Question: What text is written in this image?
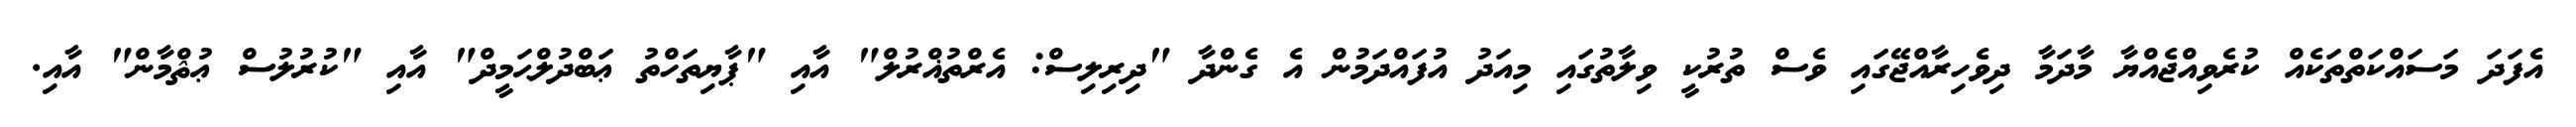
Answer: އެފަދަ މަސައްކަތްތަކެއް ކުރެވިއްޖެއްޔާ މާދަމާ ދިވެހިރާއްޖޭގައި ވެސް ތުރުކީ ވިލާތުގައި މިއަދު އުފައްދަމުން އެ ގެންދާ "ދިރިލިސް: އެރްތުޣްރުލް" އާއި "ޕާޔިތަހްތު ޢަބްދުލްޙަމީދް" އާއި "ކުރުލުސް ޢުޘްމާން" އާއި.